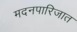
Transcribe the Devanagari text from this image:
मदनपारिजात